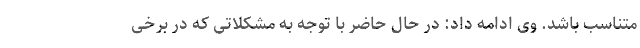
متناسب باشد. وی ادامه داد: در حال حاضر با توجه به مشکلاتی که در برخی